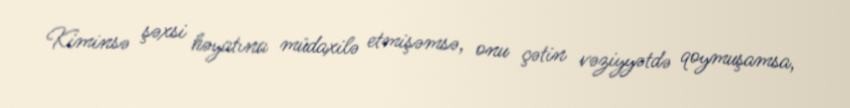
Kiminsə şəxsi həyatına müdaxilə etmişəmsə, onu çətin vəziyyətdə qoymuşamsa,